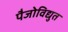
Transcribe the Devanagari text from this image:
पैजोविद्युत